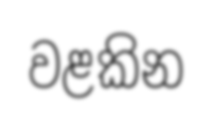
වළකින